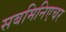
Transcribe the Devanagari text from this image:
सबमिनिएचर